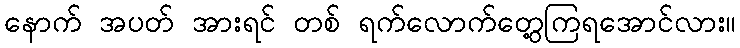
နောက် အပတ် အားရင် တစ် ရက်လောက်တွေ့ကြရအောင်လား။